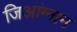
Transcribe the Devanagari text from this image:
जिआंग्नान